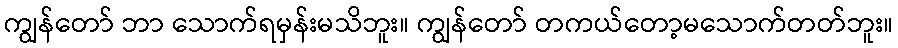
ကျွန်တော် ဘာ သောက်ရမှန်းမသိဘူး။ ကျွန်တော် တကယ်တော့မသောက်တတ်ဘူး။